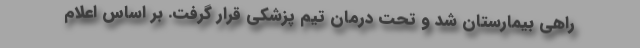
راهی بیمارستان شد و تحت درمان تیم پزشکی قرار گرفت. بر اساس اعلام